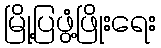
မြို့ပြဖွံ့ဖြိုးရေး